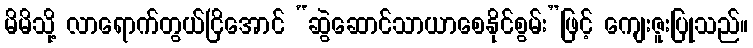
မိမိသို့ လာရောက်တွယ်ငြိအောင် “ဆွဲဆောင်သာယာစေနိုင်စွမ်း”ဖြင့် ကျေးဇူးပြုသည်။